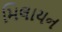
મિલાયન